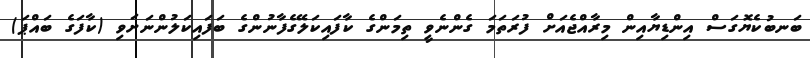
ބަނބުކެޔޮގަސް އިންޑިޔާއިން މިރާއްޖެއަށް ފުރަތަމަ ގެންނެވީ ތިމަންގެ ކާފައިކަލޭގެފާނުންގެ ބަފައިކަލުންނަށަވި (ކާފަގެ ބައްޕަ)